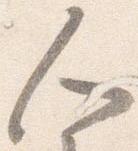
人